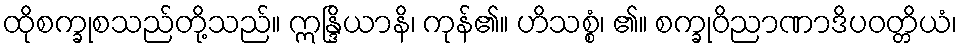
ထိုစက္ခုစသည်တို့သည်။ ဣန္ဒြိယာနိ၊ ကုန်၏။ ဟိသစ္စံ၊ ၏။ စက္ခုဝိညာဏာဒိပဝတ္တိယံ၊